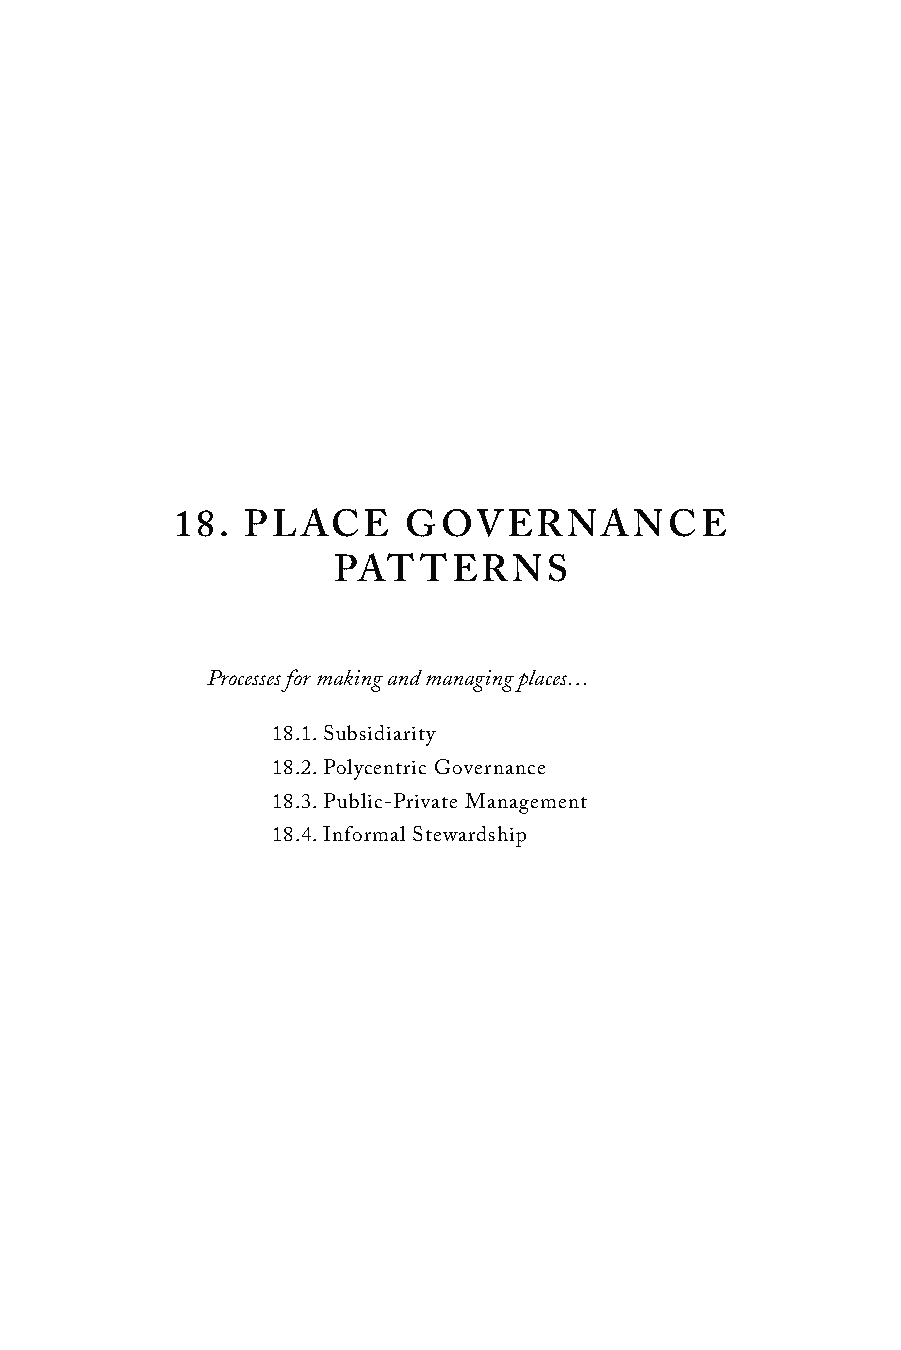
18. PLACE      GOVERNANCE
 PATTERNS
 Processes for making and managing places…
 18.1. Subsidiarity
 18.2. Polycentric Governance
 18.3. Public-Private Management
 18.4. Informal Stewardship